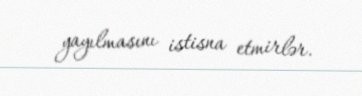
yayılmasını istisna etmirlər.